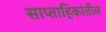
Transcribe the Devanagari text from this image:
साप्ताहिकांतील